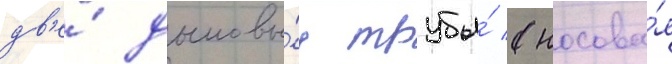
дв'е́ дымовы́е трубы́ (носова́я